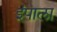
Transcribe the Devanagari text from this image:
इंपाला